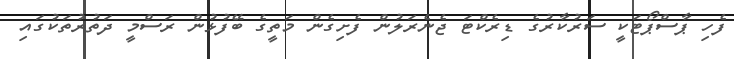
ފެހި ޕާސްޕޯޓަކީ ސަރުކާރުގެ ޑިރެކްޓަ ޖެނެރަލުން ފެށިގެން މަތީގެ ބޭފުޅުން ރަސްމީ ދަތުރުތަކުގައި